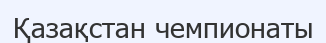
Қазақстан чемпионаты